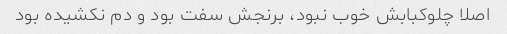
اصلا چلوکبابش خوب نبود، برنجش سفت بود و دم نکشیده بود